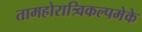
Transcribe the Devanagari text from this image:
तामहोरात्र्विकल्पमेके